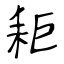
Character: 耟